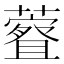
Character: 𫊀